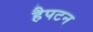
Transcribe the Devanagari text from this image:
हैपटन